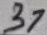
Text: 37